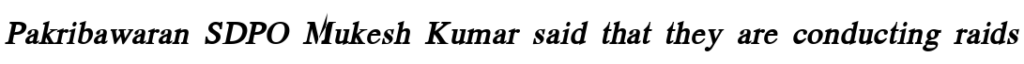
Pakribawaran SDPO Mukesh Kumar said that they are conducting raids